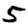
Digit: 5